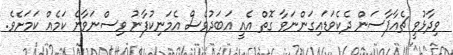
ވިދާޅުވީ ޗެއާޕާސަން ދެކެވަޑައިގަންނަވާ ގޮތް އެއީ އަބަދުވެސް އެމަނިކުފާނު ވިސްނަވާނެ ކަމެއް ކަމަށެވެ.